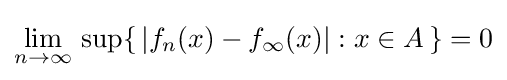
\lim _{n\to \infty }\,\sup\{\,\left|f_{n}(x)-f_{\infty }(x)\right|:x\in A\,\}=0